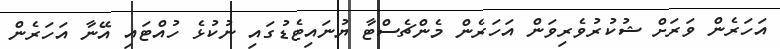
އަހަރެން ވަރަށް ޝުކުރުވެރިވަން އަހަރެން މެންޗެސްޓާ ޔުނައިޓެޑުގައި ނުކުޅެ ހުއްޓައި އޭނާ އަހަރެން